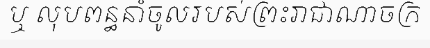
ឬ លុបពន្ធនាំចូលរបស់ព្រះរាជាណាចក្រ